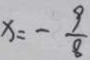
x = - \frac { 9 } { 8 }